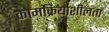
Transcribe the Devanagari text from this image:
कामक्रियाशीलता